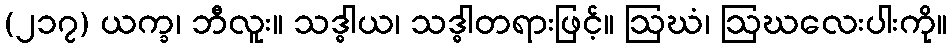
(၂၁၇) ယက္ခ၊ ဘီလူး။ သဒ္ဓါယ၊ သဒ္ဓါတရားဖြင့်။ ဩဃံ၊ ဩဃလေးပါးကို။